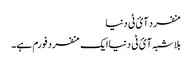
منفرد آئ ٹی دنیا
بلاشبہ آئ ٹی دنیا ایک منفرد فورم ہے۔